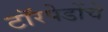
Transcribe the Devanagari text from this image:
टॉरपेडोंचे